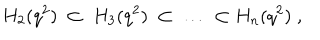
H _ { 2 } ( q ^ { 2 } ) \; \subset \; H _ { 3 } ( q ^ { 2 } ) \; \subset \; \ldots \; \subset H _ { n } ( q ^ { 2 } ) \; ,